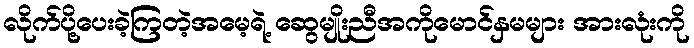
လိုက်ပို့ပေးခဲ့ကြတဲ့အမေ့ရဲ့ ဆွေမျိုးညီအကိုမောင်နှမများ အားလုံးကို